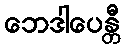
ဘေဒါပေန္တီ